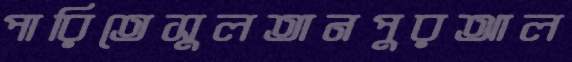
পারিতেসুলতানপুরআল